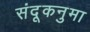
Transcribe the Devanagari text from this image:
संदूकनुमा